Annual report of the Prince of Wales Medical College, Patna
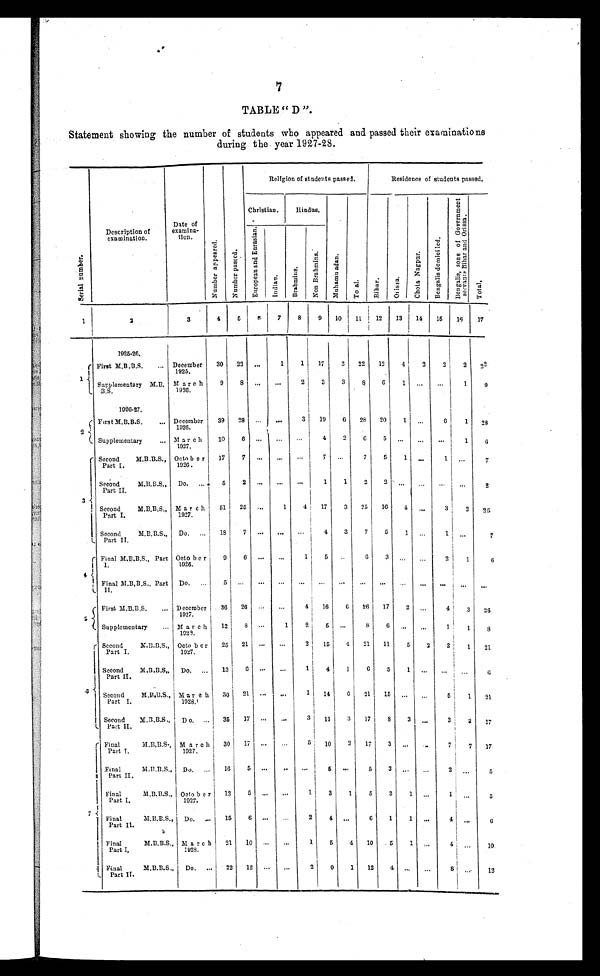
7
TABLE " D ".
Statement showing the number of students who appeared and passed their examinations
during the year 1927-28.
S e r i a l n u m b e r .
Description of
examination.
Date of
examina-
tion.
N u m b e r a p p e a r e d .
N u m b e r p a s s e d .
Religion a students passed.
Residence of students passed.
Christian.
Hindus.
M u h a m m n a d a n .
T o t a l .
B i h a r .
O r i s s a .
C h o t a N a g p u r .
B e n g a l i s d o m i c i l e d .
B e n g a l i s , s o n s o f G o v e r n m e n t s e r v a n t s B i h a r a n d O r i s s a .
Total
E u r o p e a n a n d E u r a s i a n .
I n d i a .
B r a h m i n s .
N o n B r a h m i n s .
1
2
3
4
5
6
7
8
9
10
11
12
13
14
15
16
17
1925-26.
1 First M.B.B.S.
December
1925.
30
23 . . .
1
1
17
3
22
12
4
2
2
2
2 2
Sup plementary
M . B . B . S March
1936.
9
8 ...
...
2 3
3
8
6
1
...
...
1
9
1926-27.
2
First M.B.B.S.
December
1926.
39
28 ...
...
3
19
6
28
20
1 ...
6
1
28
Supplementary
March
1927.
10
6
. . .
...
. . . 4
2 6
5
. . .
...
. . .
1
6
3
Second M.B.B.S.,
Part I.
October
1926.
17
7 ...
...
. . . 7
. . . 7
5
1 ...
1 ...
7
Second M
.B.B.S.,
Part II.
Do.
5
2
. . . ...
. . . 1
1
2
2
. . . ...
. . .
. . .
2
Second M
.B.B.S.,
Part I.
March
1927.
51
25 ...
1
4 17
3
25
16
4
...
3
2
2 5
Second M.
B.B.S.,
Part II.
Do.
18
7 ...
...
...
4
3
7
5
1 ...
1
. . .
7
4
Final M.B.B.S., Part
I.
October
1926.
9 6 ...
...
1
5
..
6
3 ... ...
2
1
6
Final M.B.B.S., Part
II.
Do.
5 ...
...
...
...
...
...
. . . ...
. . . ...
. . .
. . .
. . .
5 First M.B.B.S.
December 1927.
36
26 . . .
...
4
16
6
26
17
2 ...
4
3
26
Supplementary
March
1929.
12
8
...
1
2
5 ...
8
6
. . .
...
1
1
8
8
Second M.B.B.S.,
Part I.
October
1927.
25
21 ...
...
2
15
4
21
11
5
2
2
1
21
Second
M . B . B . S . ,
Part II.
Do.
13
6 ...
...
1 4
1
6
5
1 ...
...
. . .
6
Second M.B.B.S.,
Part I .
March
1928.
30
21 ...
...
1
14
6
21
15
. . . ...
5 1
21
Second M.B.B.S.,
Part II.
Do.
35
17 . . .
...
3
11
3
17
8
3 ...
3
3
17
7
Final
M.B.B.S.,
Part I.
March
1927.
30
17 ...
...
5
10
3
17
3
. . .
. . .
7
7
17
Final
M.B.B.S.,
Part II.
Do.
16
5 ...
..
...
5
. . .
5
3
. . .
. . .
2
. . .
5
Final M.B.B.S.,
Part I.
Octob e r
1927.
12
5 ...
...
1
3
1
5
3
1 ...
1 ...
5
Final M
.B.B.S.,
Part II.
Do.
15
6 ...
...
2
4 ...
6
1
1
. . .
4
. . .
6
Final M.B.B.S.,
Part I.
M a rch
1928.
21
10 ...
...
1
5
4
10
5
1
. . .
4 ...
10
Final M
.B.B.S.,
Part II.
Do.
22
12 ...
...
2
9
1
12
4
. . .
. . .
8
...
12